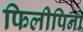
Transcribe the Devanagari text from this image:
फिलीपिनो